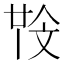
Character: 𣁒